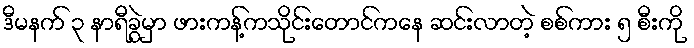
ဒီမနက် ၃ နာရီခွဲမှာ ဖားကန့်ကသိုင်းတောင်ကနေ ဆင်းလာတဲ့ စစ်ကား ၅ စီးကို